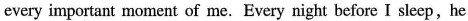
every important moment of me. Every night before I sleep,he